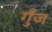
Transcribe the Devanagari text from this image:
गुँज